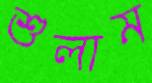
শুলাম